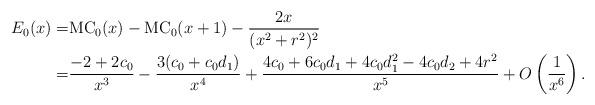
LaTeX: \begin{align*}E_0(x)=&\mathrm{MC}_0(x)-\mathrm{MC}_0(x+1)-\frac{2x}{(x^2+r^2)^2}\\=&\frac{-2 + 2 c_0}{x^3} - \frac{ 3 (c_0 + c_0 d_1)}{x^4} +\frac{4 c_0 + 6 c_0 d_1 + 4 c_0 d_1^2 - 4 c_0 d_2 + 4 r^2}{x^5}+O\left(\frac{1}{x^6}\right).\end{align*}